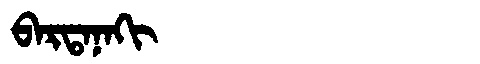
Manchu: ᠪᠠᡵᡨᠠᠨᠠᡴᡳ
Romanization: BARTANAKI